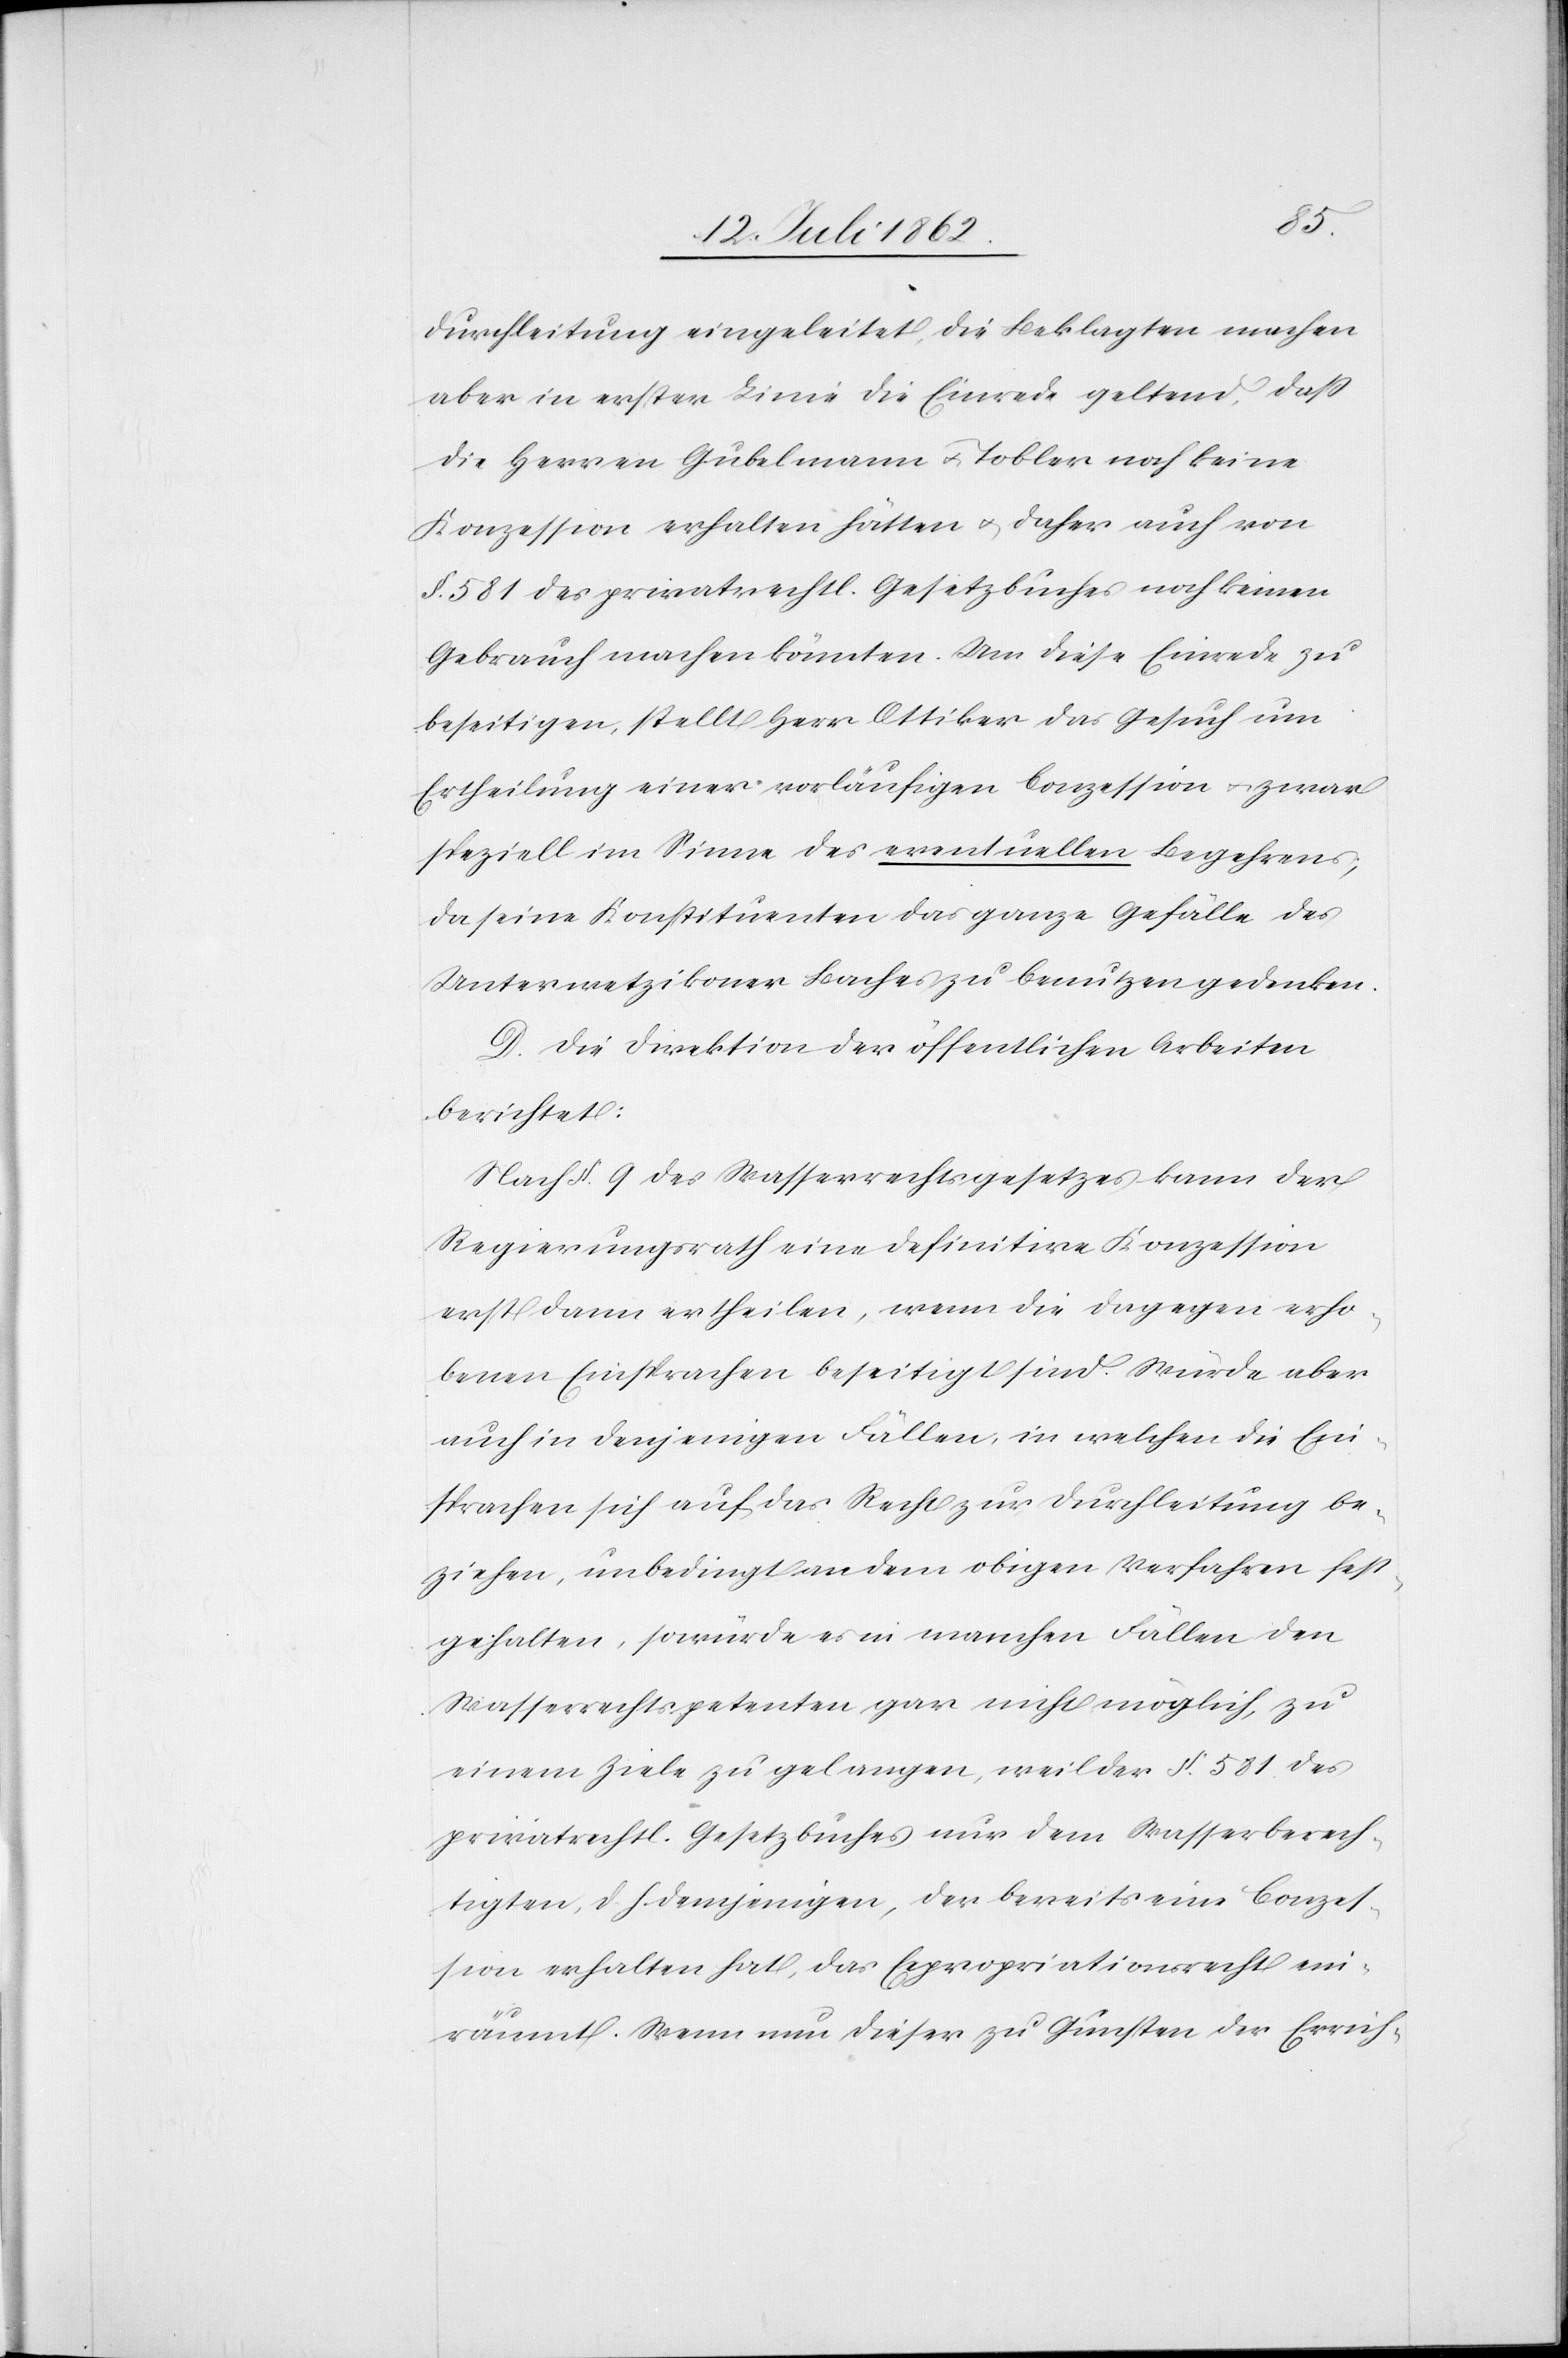
Durchleitung eingeleitet, die Beklagten machen
aber in erster Linie die Einrede geltend, daß
die Herren Gubelmann u. Tobler noch keine
Konzession erhalten hätten u. daher auch von
§ 581 des privatrechtl. Gesetzbuches noch keinen
Gebrauch machen könnten. Um diese Einrede zu
beseitigen, stellt Herr Ottiker das Gesuch um
Ertheilung einer vorläufigen Conzession u. zwar
speziell im Sinne des eventuellen Begehrens,
da seine Konstituenten das ganze Gefälle des
Unterwetzikoner Baches zu benutzen gedenken.
D. Die Direktion der öffentlichen Arbeiten
berichtet:
Nach § 9 des Wasserrechtsgesetzes kann der
Regierungsrath eine definitive Konzession
erst dann ertheilen, wenn die dagegen erho¬
benen Einsprachen beseitigt sind, würde aber
auch in denjenigen Fällen, in welchen die Ein¬
sprachen sich auf das Recht zur Durchleitung be¬
ziehen, unbedingt an dem obigen Verfahren fest¬
gehalten, so würde es in manchen Fällen den
Wasserrechtspetenten gar nicht möglich, zu
einem Ziele zu gelangen, weil der § 581 des
privatrechtl. Gesetzbuches nur dem Wasserberech¬
tigten, d. h. demjenigen, der bereits eine Conzes¬
sion erhalten hat, das Expropriationsrecht ein¬
räumt. Wenn nun dieser zu Gunsten der Errich-